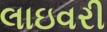
લાઇવરી